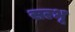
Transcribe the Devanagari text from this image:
सरभू